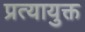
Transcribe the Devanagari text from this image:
प्रत्यायुक्त